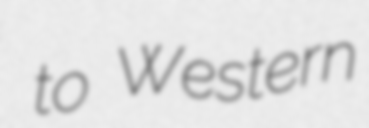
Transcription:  to Western